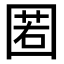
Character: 𡈉